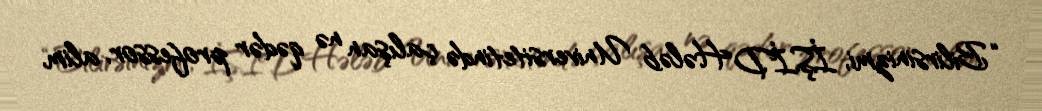
“Bilirsinizmi, İŞİD Hələb Universitetində çalışan nə qədər professor, alim,